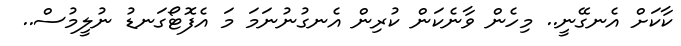
ކާކަށް އެނގޭނީ.. މިހެން ވާނެކަން ކުރިން އެނގުނުނަމަ މަ އެފޮޓޯގަނޑު ނުލީމުސް..